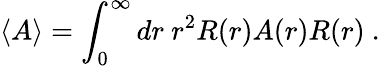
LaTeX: \langle A\rangle=\int_{0}^{\infty}dr\ r^{2}R(r)A(r)R(r)\ .